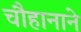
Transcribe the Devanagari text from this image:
चौहानाने